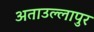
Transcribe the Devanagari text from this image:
अताउल्लापुर